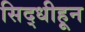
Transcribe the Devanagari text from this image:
सिद्धीहून